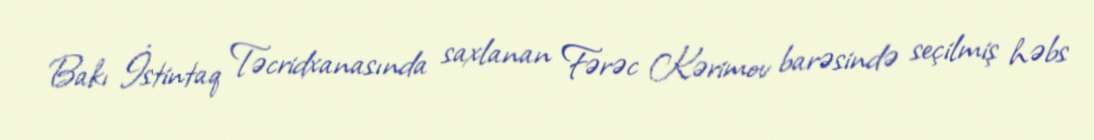
Bakı İstintaq Təcridxanasında saxlanan Fərəc Kərimov barəsində seçilmiş həbs